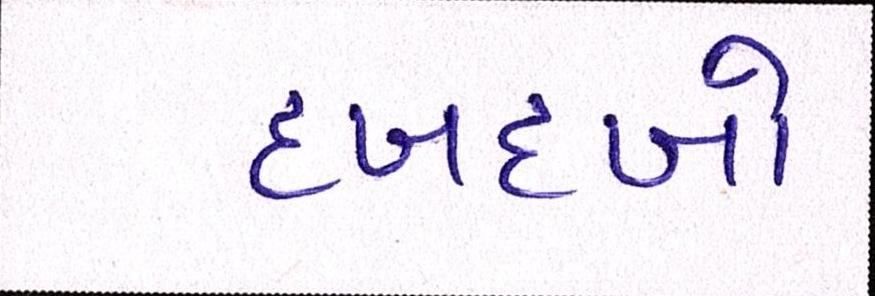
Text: દબદબો